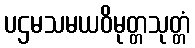
ပဌမသမယဝိမုတ္တသုတ္တံ